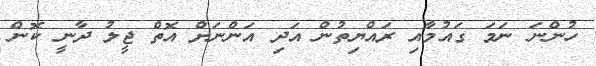
ހުންނަ ނަމަ ގައުމާއި ރައްޔިތުން އަދި އަންނަށް އޮތް ޖީލު ދާނީ ކޮން